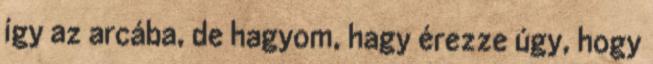
így az arcába, de hagyom, hagy érezze úgy, hogy